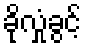
ခိုလှုံခွင့်